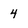
Character: 4